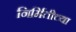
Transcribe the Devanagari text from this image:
निर्मितीच्‍या